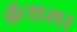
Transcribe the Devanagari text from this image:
क्रॅशला